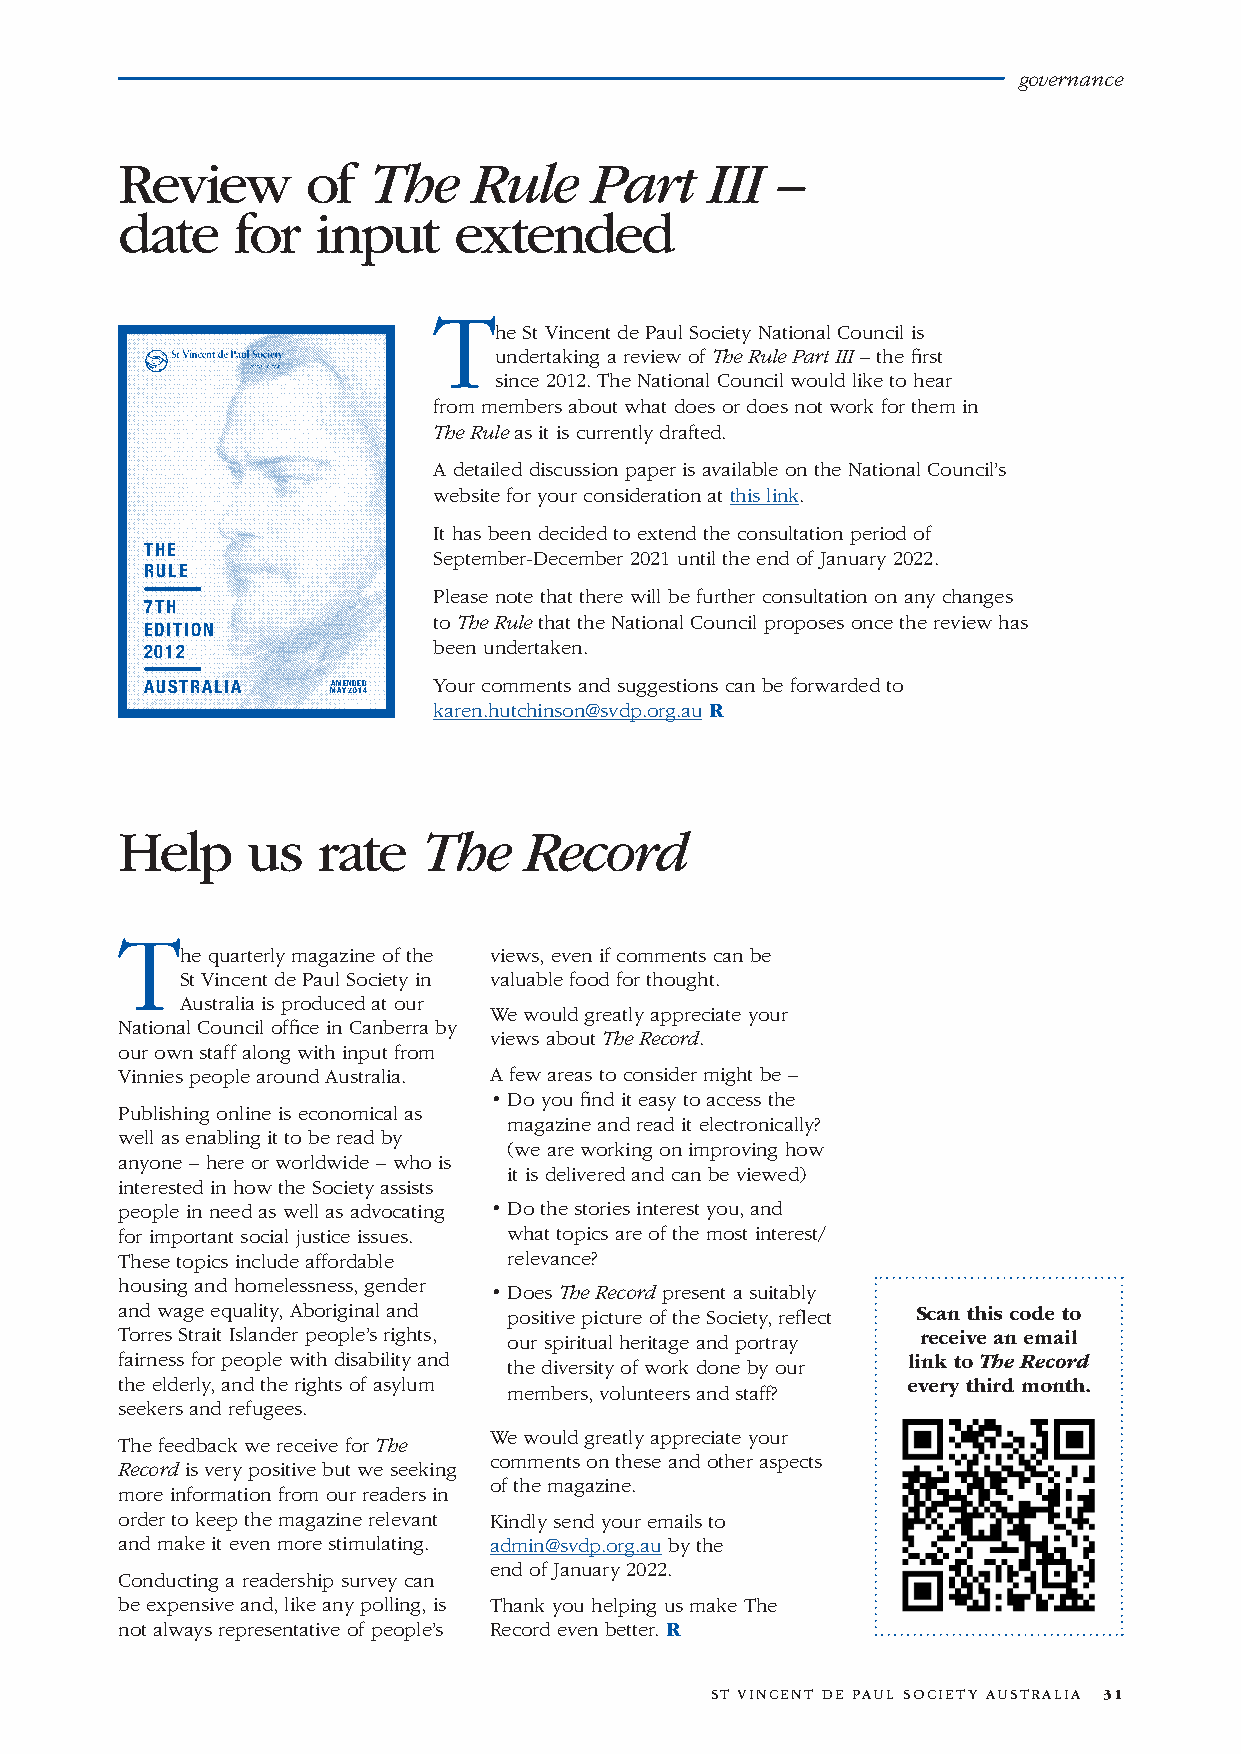
governance
 Review      of  The    Rule    Part    III –
 date    for  input    extended
 T
 he St Vincent de Paul Society National Council is
 undertaking a review of The Rule Part III – the first
 since 2012. The National Council would like to hear
 from members about what does or does not work for them in
 The Rule as it is currently drafted.
 A detailed discussion paper is available on the National Council’s
 website for your consideration at this link.
 It has been decided to extend the consultation period of
 the
 September-December 2021 until the end of January 2022.
 rule
 Please note that there will be further consultation on any changes
 7th
 to The Rule that the National Council proposes once the review has
 edition
 2012               been undertaken.
 australia   aMended Your comments and suggestions can be forwarded to
 MaY 2014
 1    karen.hutchinson@svdp.org.au R
 Help    us   rate   The    Record
 T
 he quarterly magazine of the views, even if comments can be
 St Vincent de Paul Society in valuable food for thought.
 Australia is produced at our
 We would greatly appreciate your
 National Council office in Canberra by
 views about The Record.
 our own staff along with input from
 Vinnies people around Australia. A few areas to consider might be –
 • Do you find it easy to access the
 Publishing online is economical as
 magazine and read it electronically?
 well as enabling it to be read by
 (we are working on improving how
 anyone – here or worldwide – who is
 it is delivered and can be viewed)
 interested in how the Society assists
 people in need as well as advocating • Do the stories interest you, and
 for important social justice issues. what topics are of the most interest/
 These topics include affordable relevance?
 housing and homelessness, gender
 • Does The Record present a suitably
 and wage equality, Aboriginal and positive picture of the Society, reflect Scan this code to
 Torres Strait Islander people’s rights, our spiritual heritage and portray receive an email
 fairness for people with disability and             link to The Record
 the diversity of work done by our
 the elderly, and the rights of asylum               every third month.
 members, volunteers and staff?
 seekers and refugees.
 We would greatly appreciate your
 The feedback we receive for The
 comments on these and other aspects
 Record is very positive but we seeking
 of the magazine.
 more information from our readers in
 order to keep the magazine relevant Kindly send your emails to
 and make it even more stimulating. admin@svdp.org.au by the
 end of January 2022.
 Conducting a readership survey can
 be expensive and, like any polling, is Thank you helping us make The
 not always representative of people’s Record even better. R
 ST VINCENT DE PAUL SOCIETY AUSTRALIA 31